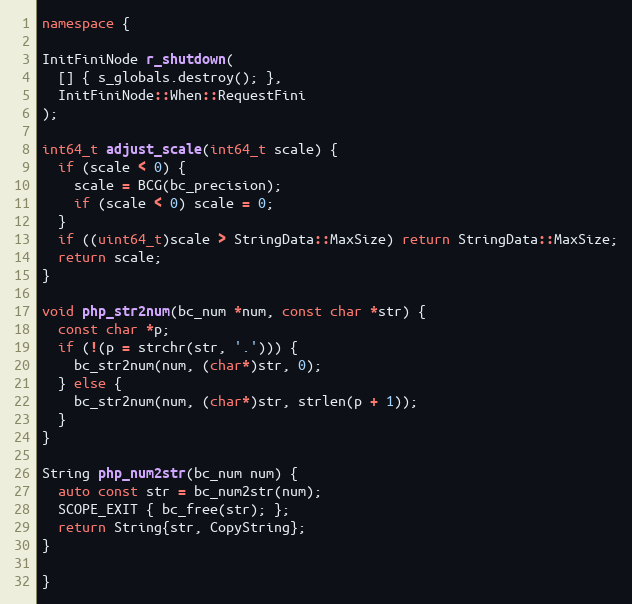
Language: C++
namespace {

InitFiniNode r_shutdown(
  [] { s_globals.destroy(); },
  InitFiniNode::When::RequestFini
);

int64_t adjust_scale(int64_t scale) {
  if (scale < 0) {
    scale = BCG(bc_precision);
    if (scale < 0) scale = 0;
  }
  if ((uint64_t)scale > StringData::MaxSize) return StringData::MaxSize;
  return scale;
}

void php_str2num(bc_num *num, const char *str) {
  const char *p;
  if (!(p = strchr(str, '.'))) {
    bc_str2num(num, (char*)str, 0);
  } else {
    bc_str2num(num, (char*)str, strlen(p + 1));
  }
}

String php_num2str(bc_num num) {
  auto const str = bc_num2str(num);
  SCOPE_EXIT { bc_free(str); };
  return String{str, CopyString};
}

}